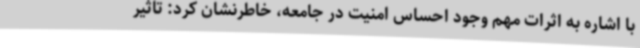
با اشاره به اثرات مهم وجود احساس امنیت در جامعه، خاطرنشان کرد: تاثیر